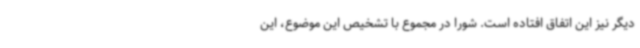
دیگر نیز این اتفاق افتاده است. شورا در مجموع با تشخیص این موضوع، این